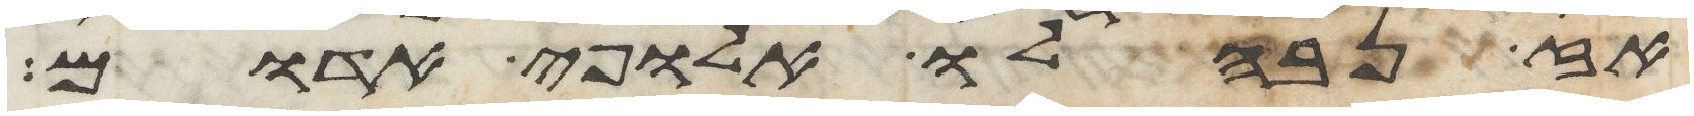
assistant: אז נבהלו אלופי אדום